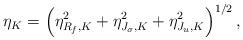
LaTeX: \begin{align*}\eta_K=\left(\eta_{R_f,K}^2 + \eta_{J_{\sigma},K}^2 + \eta_{J_u,K}^2 \right)^{1/2}, \end{align*}